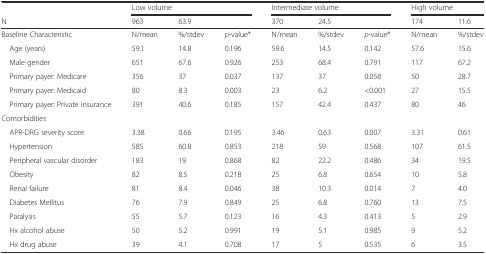
<table><thead><tr><td></td><td colspan="3"><b>Low volume</b></td><td colspan="3"><b>Intermediate volume</b></td><td colspan="2"><b>High volume</b></td></tr><tr><td><b>N</b></td><td><b>963</b></td><td><b>63.9</b></td><td></td><td><b>370</b></td><td><b>24.5</b></td><td></td><td><b>174</b></td><td><b>11.6</b></td></tr></thead><tbody><tr><td>Baseline Characteristic</td><td>N/mean</td><td>%/stdev</td><td><i>p</i>-value*</td><td>N/mean</td><td>%/stdev</td><td><i>p</i>-value*</td><td>N/mean</td><td>%/stdev</td></tr><tr><td> Age (years)</td><td>59.1</td><td>14.8</td><td>0.196</td><td>59.6</td><td>14.5</td><td>0.142</td><td>57.6</td><td>15.6</td></tr><tr><td> Male gender</td><td>651</td><td>67.6</td><td>0.926</td><td>253</td><td>68.4</td><td>0.791</td><td>117</td><td>67.2</td></tr><tr><td> Primary payer: Medicare</td><td>356</td><td>37</td><td>0.037</td><td>137</td><td>37</td><td>0.058</td><td>50</td><td>28.7</td></tr><tr><td> Primary payer: Medicaid</td><td>80</td><td>8.3</td><td>0.003</td><td>23</td><td>6.2</td><td>&lt;0.001</td><td>27</td><td>15.5</td></tr><tr><td> Primary payer: Private insurance</td><td>391</td><td>40.6</td><td>0.185</td><td>157</td><td>42.4</td><td>0.437</td><td>80</td><td>46</td></tr><tr><td>Comorbidities</td><td></td><td></td><td></td><td></td><td></td><td></td><td></td><td></td></tr><tr><td> APR-DRG severity score</td><td>3.38</td><td>0.66</td><td>0.195</td><td>3.46</td><td>0.63</td><td>0.007</td><td>3.31</td><td>0.61</td></tr><tr><td> Hypertension</td><td>585</td><td>60.8</td><td>0.853</td><td>218</td><td>59</td><td>0.568</td><td>107</td><td>61.5</td></tr><tr><td> Peripheral vascular disorder</td><td>183</td><td>19</td><td>0.868</td><td>82</td><td>22.2</td><td>0.486</td><td>34</td><td>19.5</td></tr><tr><td> Obesity</td><td>82</td><td>8.5</td><td>0.218</td><td>25</td><td>6.8</td><td>0.654</td><td>10</td><td>5.8</td></tr><tr><td> Renal failure</td><td>81</td><td>8.4</td><td>0.046</td><td>38</td><td>10.3</td><td>0.014</td><td>7</td><td>4.0</td></tr><tr><td> Diabetes Mellitus</td><td>76</td><td>7.9</td><td>0.849</td><td>25</td><td>6.8</td><td>0.760</td><td>13</td><td>7.5</td></tr><tr><td> Paralysis</td><td>55</td><td>5.7</td><td>0.123</td><td>16</td><td>4.3</td><td>0.413</td><td>5</td><td>2.9</td></tr><tr><td> Hx alcohol abuse</td><td>50</td><td>5.2</td><td>0.991</td><td>19</td><td>5.1</td><td>0.985</td><td>9</td><td>5.2</td></tr><tr><td> Hx drug abuse</td><td>39</td><td>4.1</td><td>0.708</td><td>17</td><td>5</td><td>0.535</td><td>6</td><td>3.5</td></tr></tbody></table>